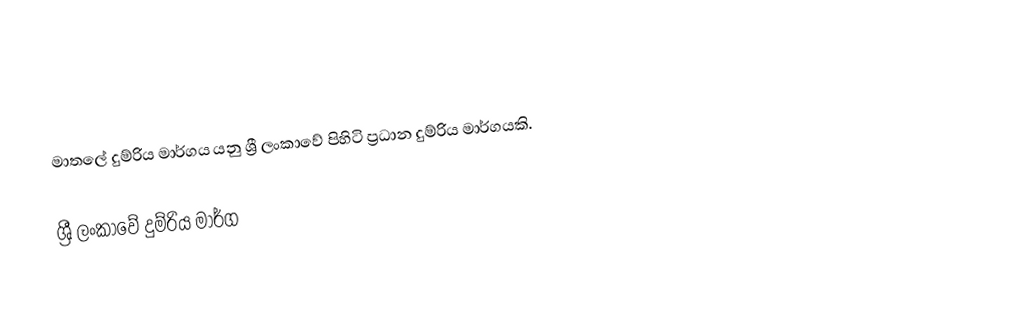
මාතලේ දුම්රිය මාර්ගය යනු ශ්‍රී ලංකාවේ පිහිටි ප්‍රධාන දුම්රිය මාර්ගයකි.

ශ්‍රී ලංකාවේ දුම්රිය මාර්ග